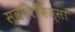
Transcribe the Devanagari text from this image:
स्वचिकित्सा